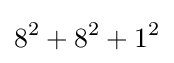
8^{2}+8^{2}+1^{2}